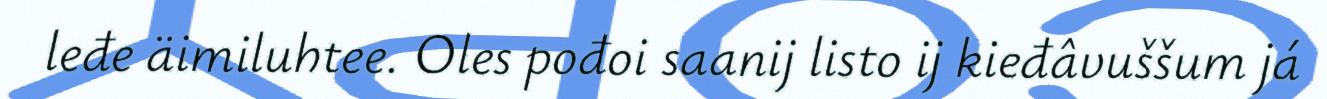
leđe äimiluhtee. Oles pođoi saanij listo ij kieđâvuššum já